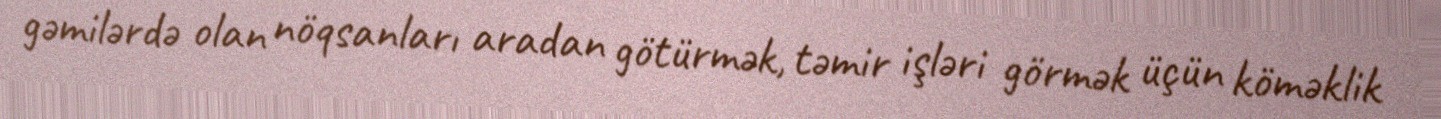
gəmilərdə olan nöqsanları aradan götürmək, təmir işləri görmək üçün köməklik